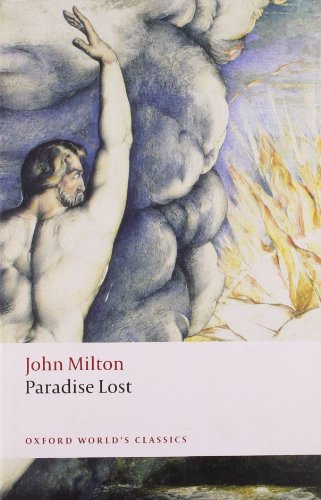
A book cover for Paradise Lost (Oxford World's Classics); John Milton; Literature & Fiction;